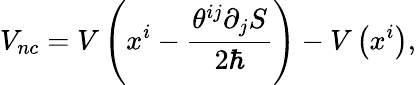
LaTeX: V_{nc}=V\left(x^{i}-\frac{\theta^{ij}\partial_{j}S}{2\hbar}\right)-V\left(x^{i}\right),